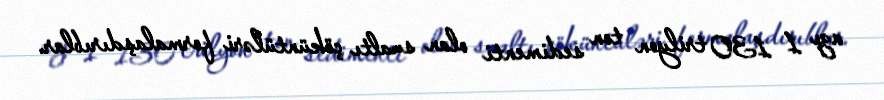
azı 1 130 trilyon ton sedimenti olan sualtı çöküntüləri formalaşdırıblar.